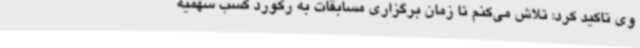
وی تاکید کرد: تلاش می‌کنم تا زمان برگزاری مسابقات به رکورد کسب سهمیه